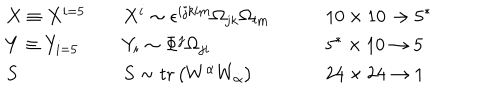
LaTeX: \begin{array} { l l l } { { X \equiv X ^ { i = 5 } \quad } } & { { X ^ { i } \sim \epsilon ^ { i j k l m } \Omega _ { j k } \Omega _ { l m } } } & { { \qquad 1 0 \times 1 0 \rightarrow 5 ^ { * } } } \\ { { Y \equiv Y _ { i = 5 } \quad } } & { { Y _ { i } \sim \Phi ^ { j } \Omega _ { j i } } } & { { \qquad 5 ^ { * } \times 1 0 \rightarrow 5 } } \\ { { S } } & { { S \sim \mathrm { t r } \left( W ^ { \dot { \alpha } } W _ { \dot { \alpha } } \right) } } & { { \qquad 2 4 \times 2 4 \rightarrow 1 } } \\ \end{array}